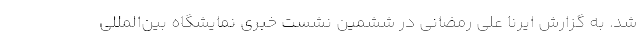
شد. به گزارش ایرنا علی رمضانی در ششمین نشست خبری نمایشگاه ‌بین‌المللی